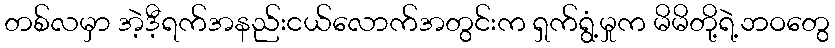
တစ်လမှာ အဲ့ဒီ့ရက်အနည်းငယ်လောက်အတွင်းက ရှက်ရွံ့မှုက မိမိတို့ရဲ့ဘဝတွေ